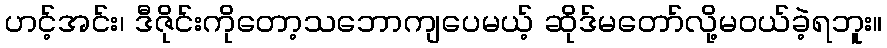
ဟင့်အင်း၊ ဒီဇိုင်းကိုတော့သဘောကျပေမယ့် ဆိုဒ်မတော်လို့မဝယ်ခဲ့ရဘူး။